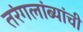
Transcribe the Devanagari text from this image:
तरंगलांब्यांची